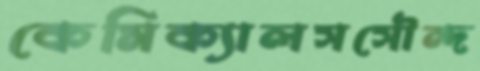
কেমিক্যালসসৌন্দ